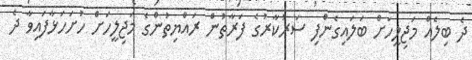
ދެ ބިލެއް މަޖިލީހަށް ބަލައިގެންފި ސަރުކާރުގެ ފަރާތުން ރައްޔިތުންގެ މަޖިލީހަށް ހުށަހަޅާފައިވާ ދެ